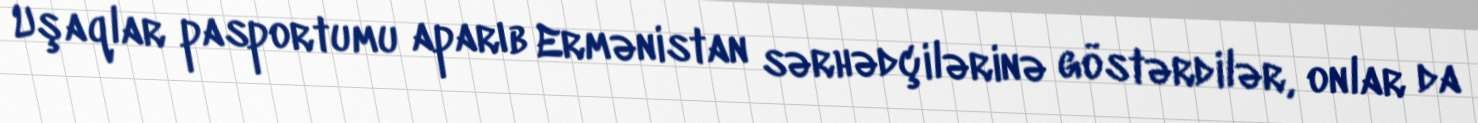
Uşaqlar pasportumu aparıb Ermənistan sərhədçilərinə göstərdilər, onlar da